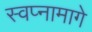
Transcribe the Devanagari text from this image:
स्वप्नामागे